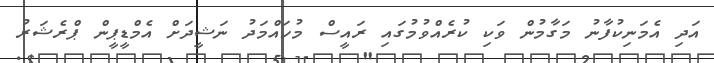
އަދި އެމަނިކުފާނު މަގާމުން ވަކި ކުރެއްވުމުގައި ރައީސް މުހައްމަދު ނަޝީދަށް އެމްޑީޕީން ޕްރެޝަރު